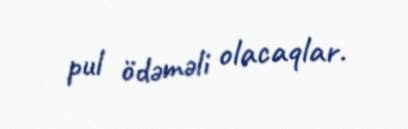
pul ödəməli olacaqlar.